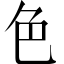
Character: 色